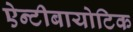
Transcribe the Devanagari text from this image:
ऐन्टीबायोटिक